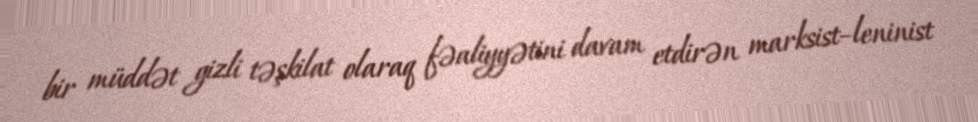
bir müddət gizli təşkilat olaraq fəaliyyətini davam etdirən marksist–leninist